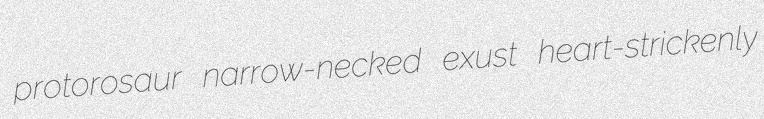
protorosaur narrow-necked exust heart-strickenly